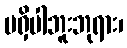
မရှိပါဘူးဘုရား၊